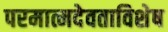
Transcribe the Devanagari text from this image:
परमात्मदेवताविशेष